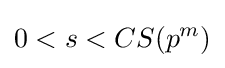
0<s<CS(p^{m})